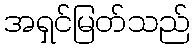
အရှင်မြတ်သည်